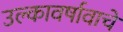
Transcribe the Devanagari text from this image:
उल्कावर्षावाचे